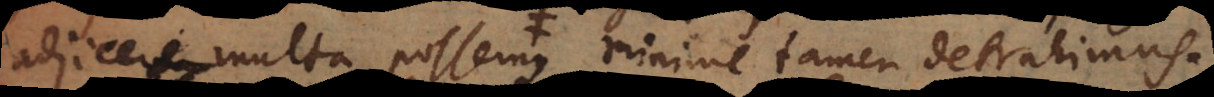
adjicere multa possemus, minime tamen detrahimus.